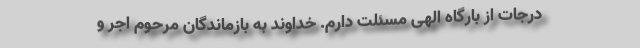
درجات از بارگاه الهی مسئلت دارم. خداوند به بازماندگان مرحوم اجر و